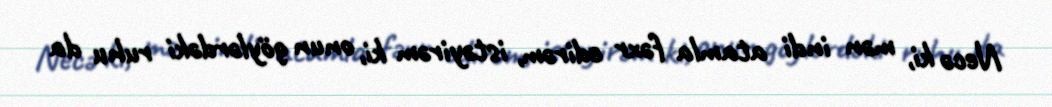
Necə ki, mən indi atamla fəxr edirəm, istəyirəm ki, onun göylərdəki ruhu da